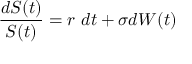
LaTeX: { \frac { d S ( t ) } { S ( t ) } } = r \ d t + \sigma d W ( t )